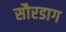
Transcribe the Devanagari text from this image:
सौरडाग